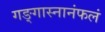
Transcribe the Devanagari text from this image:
गङ्गास्नानंफलं